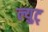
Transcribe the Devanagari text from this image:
ल्युट्